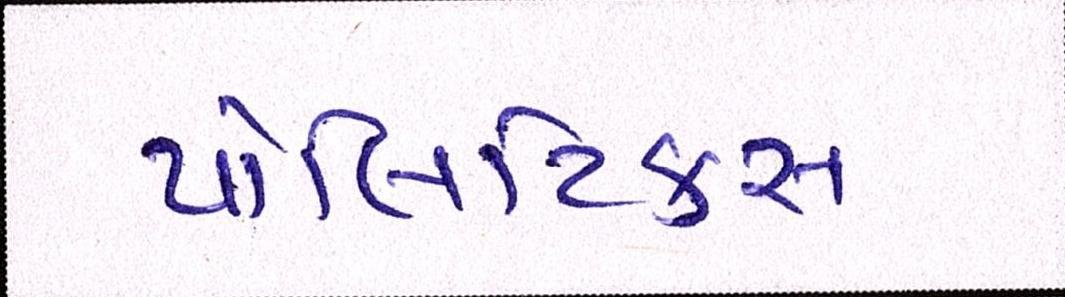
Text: પોલિટિકસ